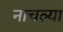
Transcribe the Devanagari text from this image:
नाचल्या